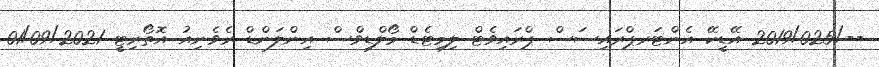
--/2019/025 އޭޑީކޭ އެންޓަރޕްރައިސަސް ޕްރައިވެޓް ލިމިޓެޑް މޯލްޑިވްސް އިންލަންޑް ރެވެނިއު އޮތޯރިޓީ 01/09/2021